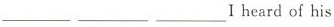
___I heard of his